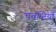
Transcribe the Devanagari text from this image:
चकतियाँ